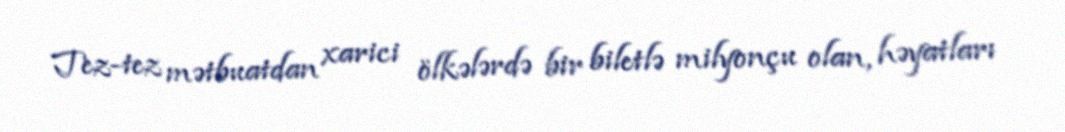
Tez-tez mətbuatdan xarici ölkələrdə bir biletlə milyonçu olan, həyatları